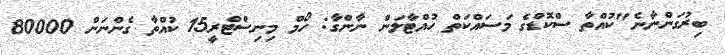
ބިރުގަންނާނެ"ކުއްތާ ސްކޮޑްގެ މަސައްކަތް ހުއްޓާލަން ނާންގާ: ހޯމް މިނިސްޓްރީ15 ކުއްތާ ގެންނަން 80000